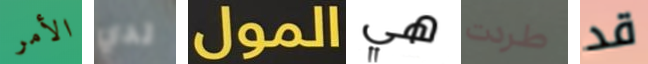
الأمر لدي المول هي طردت قد